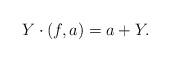
LaTeX: \begin{align*}Y\cdot (f,a)=a+Y.\end{align*}